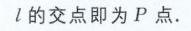
\(l\) 的交点即为 \(P\) 点.